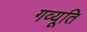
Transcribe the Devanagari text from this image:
गव्यूति